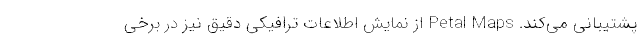
پشتیبانی می‌کند. Petal Maps از نمایش اطلاعات ترافیکی دقیق نیز در برخی